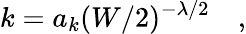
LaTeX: k=a_{k}(W/2)^{-\lambda/2}\quad,